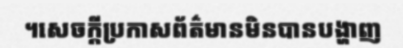
។សេចក្តីប្រកាសព័ត៌មានមិនបានបង្ហាញ